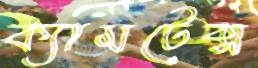
ক্যামটেক্স